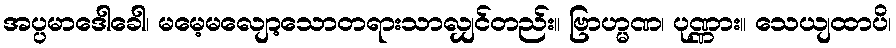
အပ္ပမာဒေါခေါ၊ မမေ့မလျော့သောတရားသာလျှင်တည်း။ ဗြာဟ္မဏ၊ ပုဏ္ဏား။ သေယျထာပိ၊